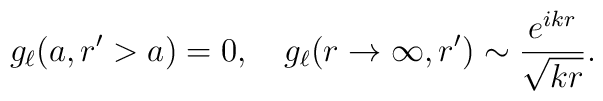
g_\ell (a,r'>a) = 0, \quad g_\ell (r\rightarrow \infty,r')      \sim \frac{e^{i k r}}{\sqrt{k r}}.